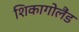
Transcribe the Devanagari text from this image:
शिकागोलैंड